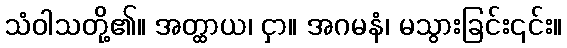
သံဝါသတို့၏။ အတ္ထာယ၊ ငှာ။ အဂမနံ၊ မသွားခြင်း၎င်း။